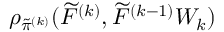
\rho _ { \tilde { \pi } ^ { ( k ) } } ( \widetilde { F } ^ { ( k ) } , \widetilde { F } ^ { ( k - 1 ) } W _ { k } )